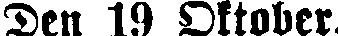
Den 19 Oktober.